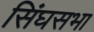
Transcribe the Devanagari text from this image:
सिंघसभा